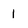
Character: 1